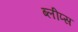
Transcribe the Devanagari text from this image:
ब्लीप्स